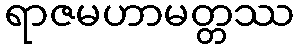
ရာဇမဟာမတ္တဿ